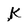
Character: k